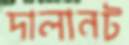
দালানট